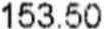
153.50